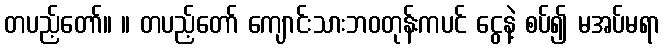
တပည့်တော်။ ။ တပည့်တော် ကျောင်းသားဘဝတုန်းကပင် ငွေနဲ့ စပ်၍ မအပ်မရာ